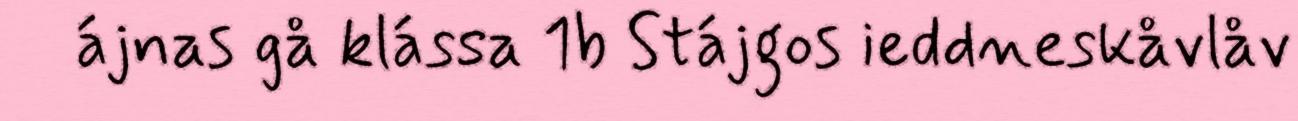
ájnas gå klássa 1b Stájgos ieddneskåvlåv